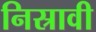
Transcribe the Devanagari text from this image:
निस्रावी